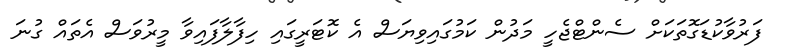
ފަރުވާކުޑަގޮތަކަށް ސެންޓްޖެހީ މަދުން ކަމުގައިވިޔަސް އެ ކޮޓަރީގައި ހިފާލާފައިވާ މީރުވަސް އެތައް ގުނަ